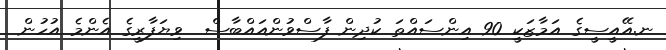
ނ.އޭއީސީގެ އަމާޒަކީ 90 އިންސައްތަ ކުދިން ފާސްވުންއައްބާސް  ވިޔަފާރީގެ އެންމެ އުހުން